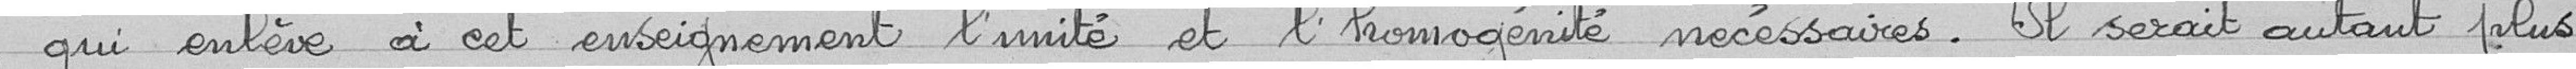
"qui enlève à cet enseignement l'unité et l'homogénéité nécessaires. Il serait autant plus